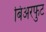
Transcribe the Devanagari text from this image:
बिअरफुट